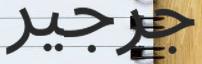
جرجير